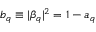
b _ { q } \equiv | \beta _ { q } | ^ { 2 } = 1 - a _ { q }